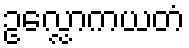
ဥလ္လောကယတံ